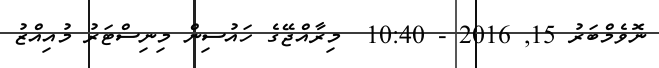
ނޮވެމްބަރު 15